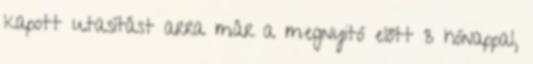
kapott utasítást arra már a megnyitó előtt 3 hónappal,